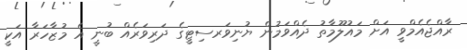
ރާއްޖެއެމްވީ އަށް މައުލޫމާތު ދެއްވަމުން ޔުނިވަރސިޓީގެ ދަރިވަރެއް ބުނީ އެ މުޒާހަރާ އަކީ